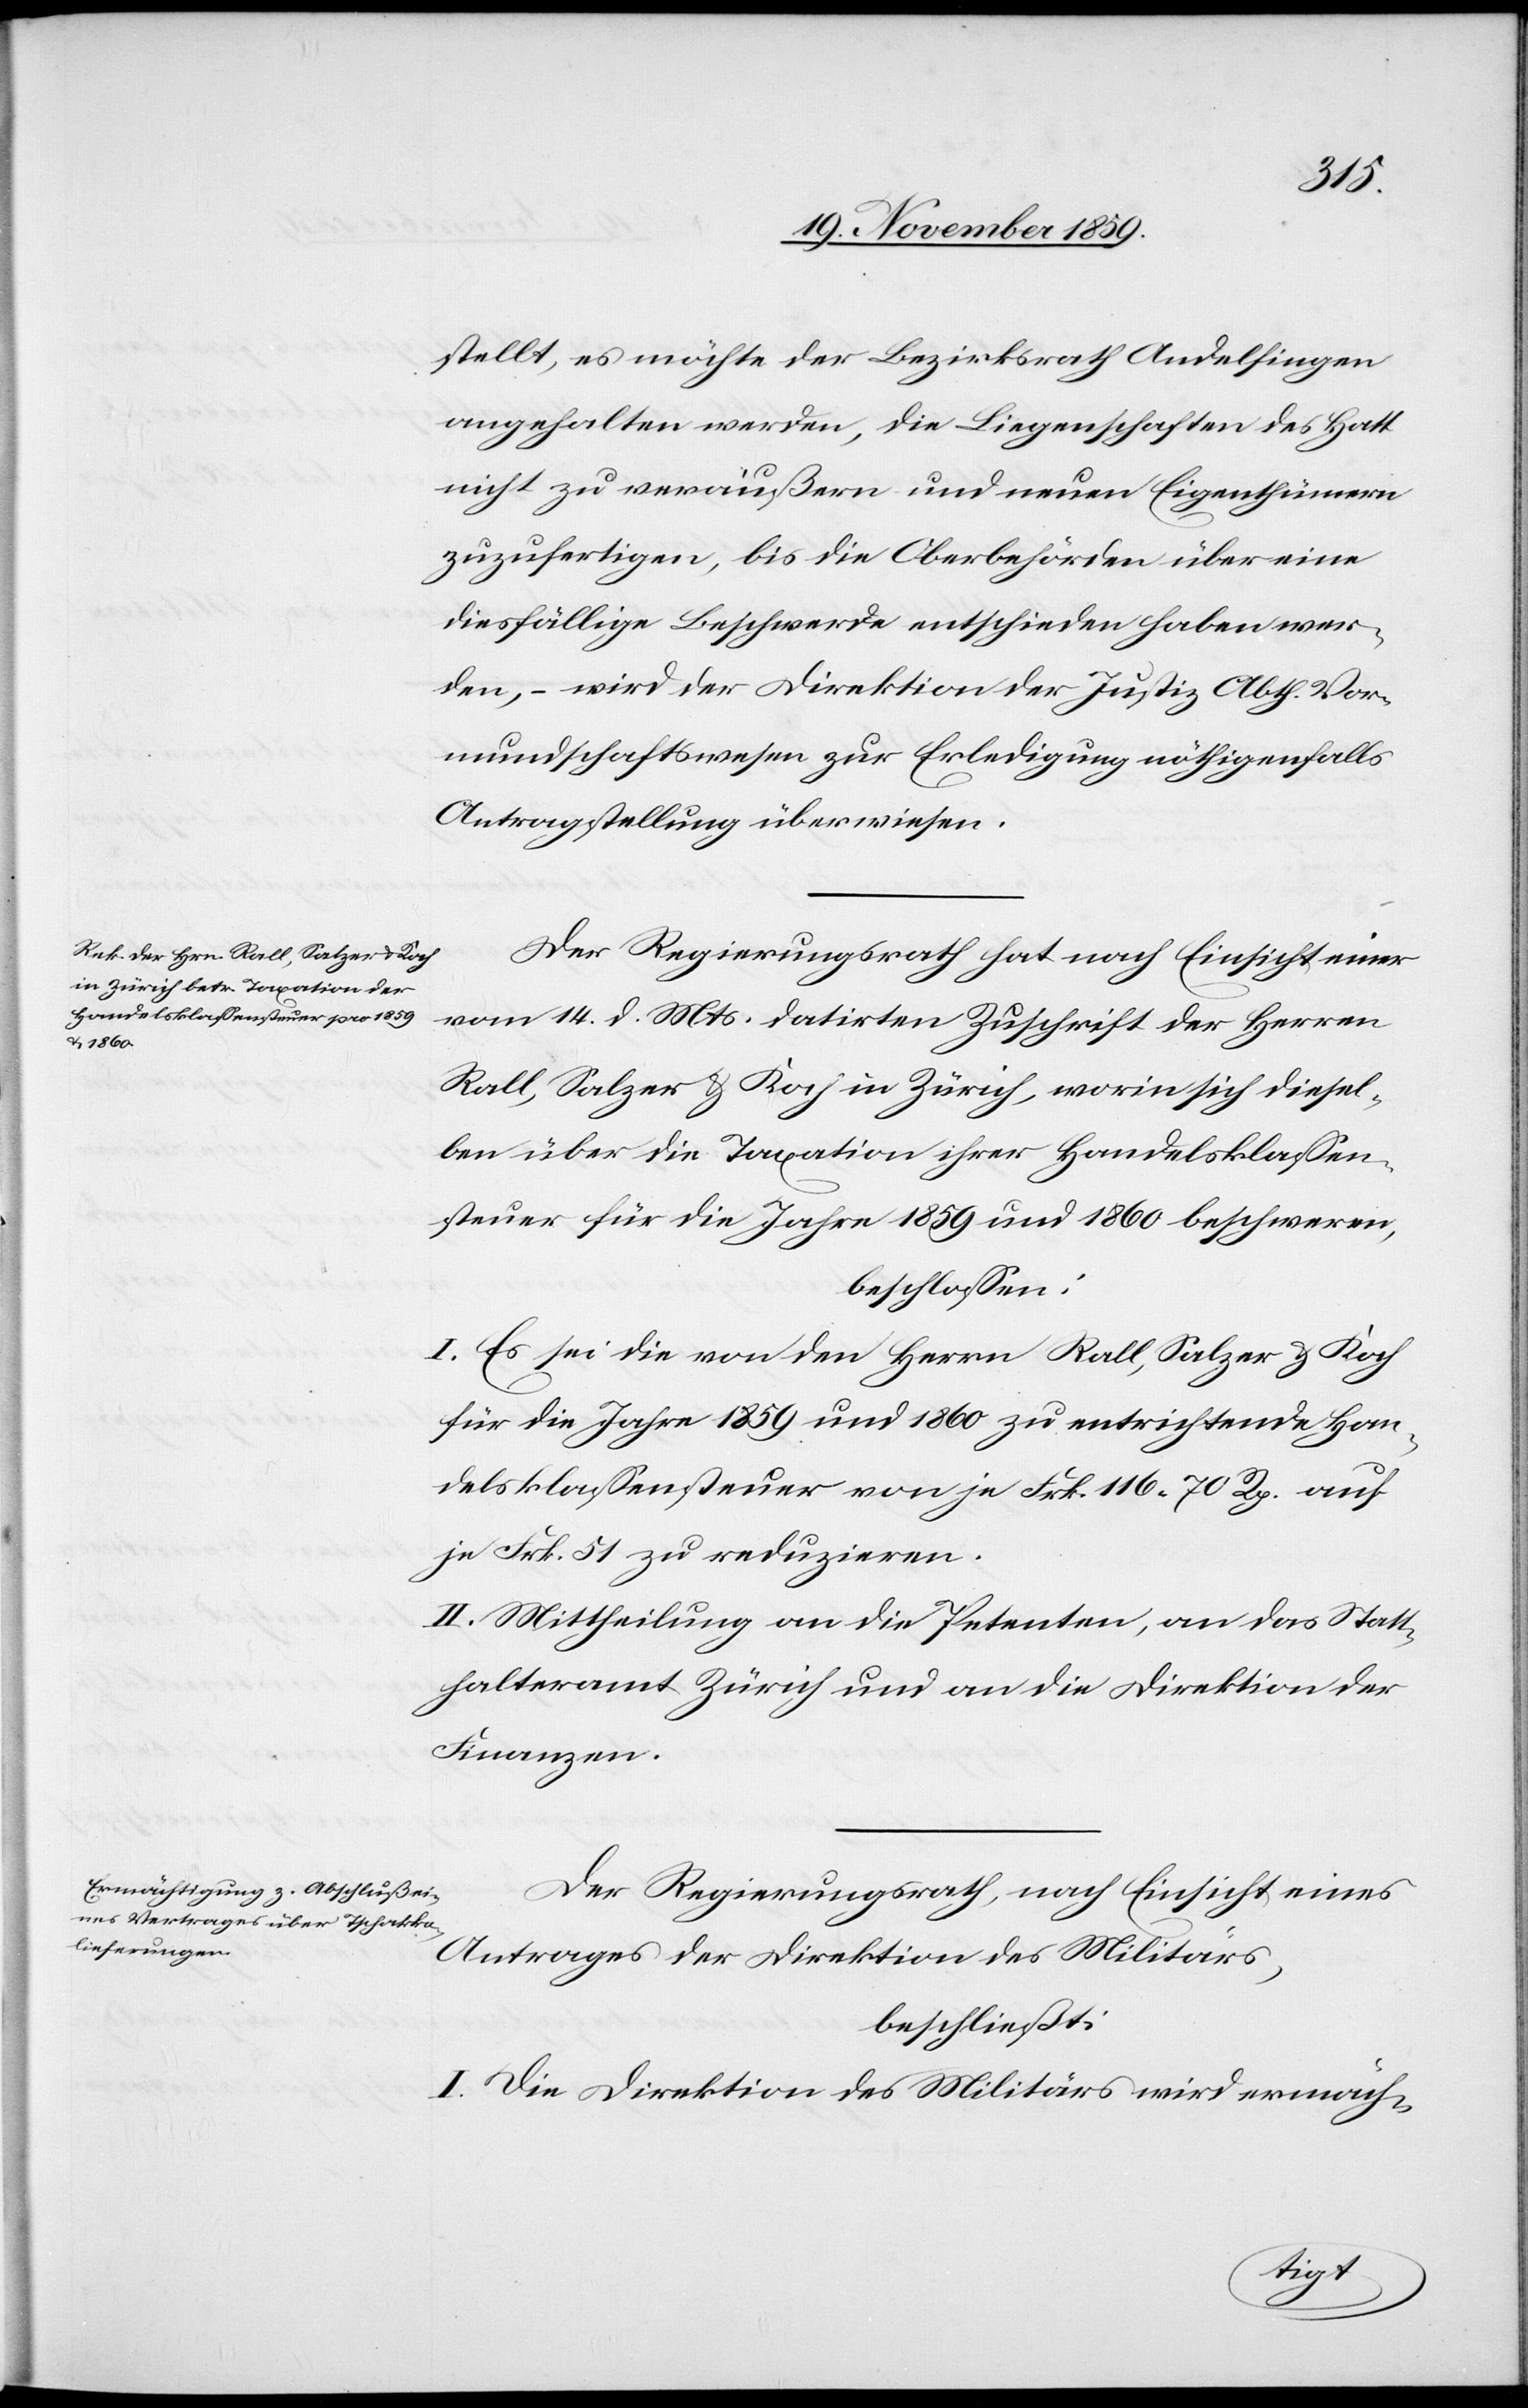
stellt, es möchte der Bezirksrath Andelfingen
angehalten werden, die Liegenschaften des Hatt
nicht zu veräußern und neuen Eingenthümern
zuzufertigen, bis die Oberbehörde über eine
diesfällige Beschwerde entschieden haben wer¬
de, – wird der Direktion der Justiz Abth. Vor¬
mundschaftswesen zur Erledigung nöthigenfalls
Antragstellung überwiesen.
Der Regierungsrath hat nach Einsicht einer
vom 14. d. Mts. datirten Zuschrift der Herren
Rall, Salzer & Koch in Zürich, worin sich diesel¬
ben über die Taxation ihrer Handelsklassen¬
steuer für die Jahre 1859 und 1860 beschweren,
beschlossen:
I. Es sei die von den Herrn Rall, Salzer & Koch
für die Jahre 1859 und 1860 zu entrichtende Han¬
delklassensteuer von je Frk. 116 70 Rp. auf
je Frk. 51 zu reduzieren.
II. Mittheilung an die Petenten, an das Statt¬
halteramt Zürich und an die Direktion der
Finanzen.
Der Regierungsrath, nach Einsicht eines
Antrages der Direktion des Militärs,
beschließt:
I. Die Direktion des Militärs wird ermäch-